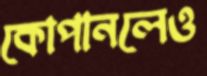
কোপানলেও